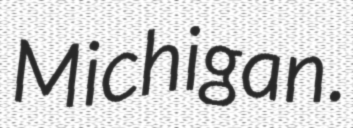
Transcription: Michigan.